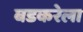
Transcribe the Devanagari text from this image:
बडकरेला